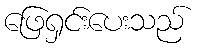
ဖြေရှင်းပေးသည်